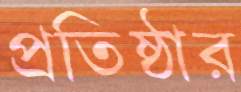
প্রতিষ্ঠার